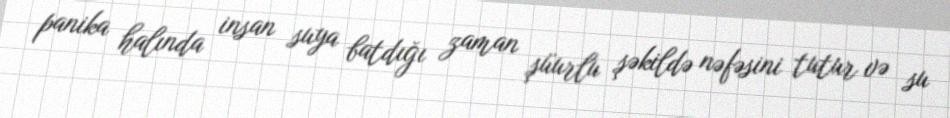
panika halında insan suya batdığı zaman şüurlu şəkildə nəfəsini tutur və su